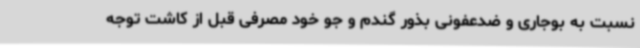
نسبت به بوجاری و ضدعفونی بذور گندم و جو خود مصرفی قبل از کاشت توجه